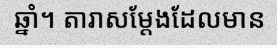
ឆ្នាំ។ តារាសម្តែងដែលមាន